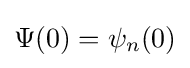
\Psi (0)=\psi _{n}(0)